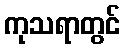
ကုသရာတွင်